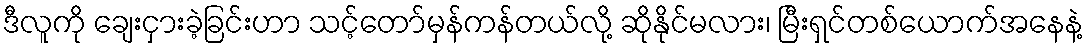
ဒီလူကို ချေးငှားခဲ့ခြင်းဟာ သင့်တော်မှန်ကန်တယ်လို့ ဆိုနိုင်မလား၊ မြီးရှင်တစ်ယောက်အနေနဲ့